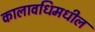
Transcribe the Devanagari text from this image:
कालावधिमधील